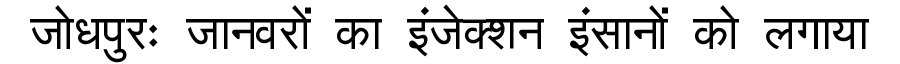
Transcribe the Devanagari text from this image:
जोधपुरः जानवरों का इंजेक्शन इंसानों को लगाया